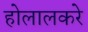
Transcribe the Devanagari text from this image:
होलालकरे